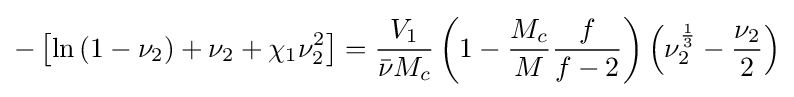
-\left[\ln {\left(1-\nu _{2}\right)}+\nu _{2}+\chi _{1}\nu _{2}^{2}\right]={\frac {V_{1}}{{\bar {\nu }}M_{c}}}\left(1-{\frac {M_{c}}{M}}{\frac {f}{f-2}}\right)\left(\nu _{2}^{\frac {1}{3}}-{\frac {\nu _{2}}{2}}\right)